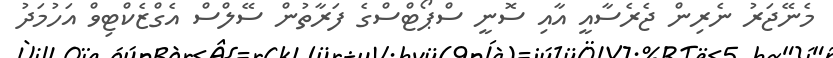
މެނޭޖަރު ނެރިން ޖެރެސާއީ އާއި ސޮނީ ސްޕޯޓްސްގެ ފަރާތުން ސޭލްސް އެގްޒެކްޓިވް އަހުމަދު